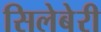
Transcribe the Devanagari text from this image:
सिलेबेरी